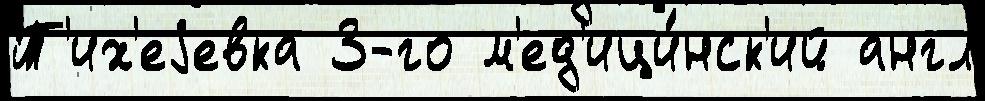
Т'их'еjевка 3-го м'ед'ици́нск'ий англ